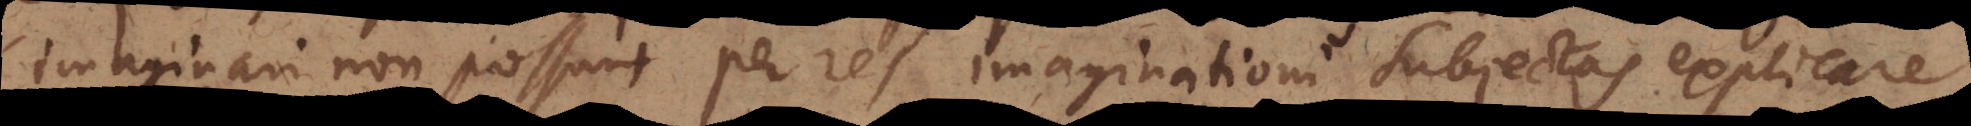
imaginari non possunt per res imaginationi subjectas explicare